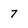
Character: 7